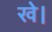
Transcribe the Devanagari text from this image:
खे।